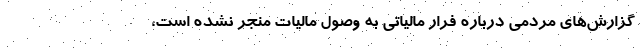
گزارش‌های مردمی درباره فرار مالیاتی به وصول مالیات منجر نشده است،